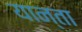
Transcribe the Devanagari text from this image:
यान्ता